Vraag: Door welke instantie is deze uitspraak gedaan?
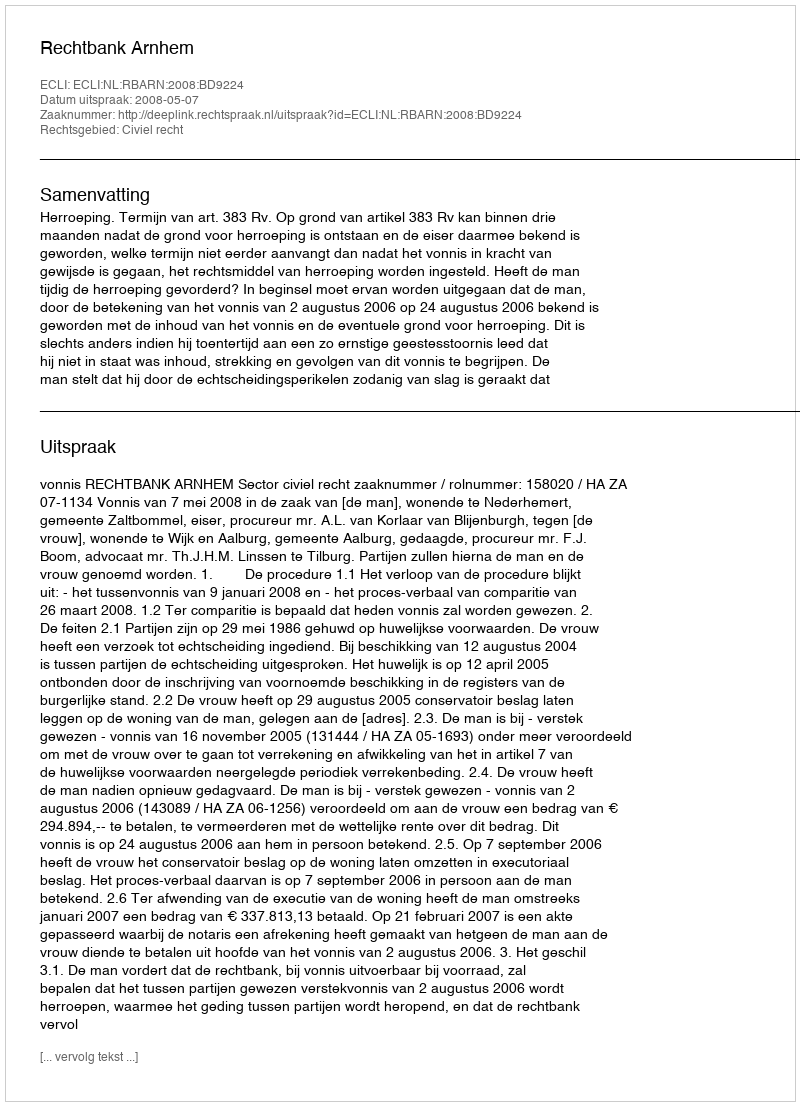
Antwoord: Rechtbank Arnhem